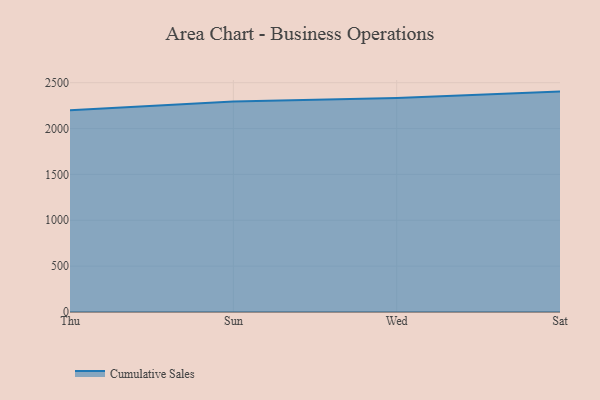
{"axis": {"x": "Day", "y": "Waste Production (Tons)"}, "legend": ["Cumulative Sales"], "data": [{"x": "Thu", "y": 2198.3, "type": "Cumulative Sales"}, {"x": "Sun", "y": 2293.8, "type": "Cumulative Sales"}, {"x": "Wed", "y": 2331.8, "type": "Cumulative Sales"}, {"x": "Sat", "y": 2402.9, "type": "Cumulative Sales"}]}